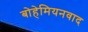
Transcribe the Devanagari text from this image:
बोहेमियनवाद